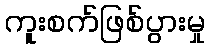
ကူးစက်ဖြစ်ပွားမှု